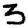
Digit: 3